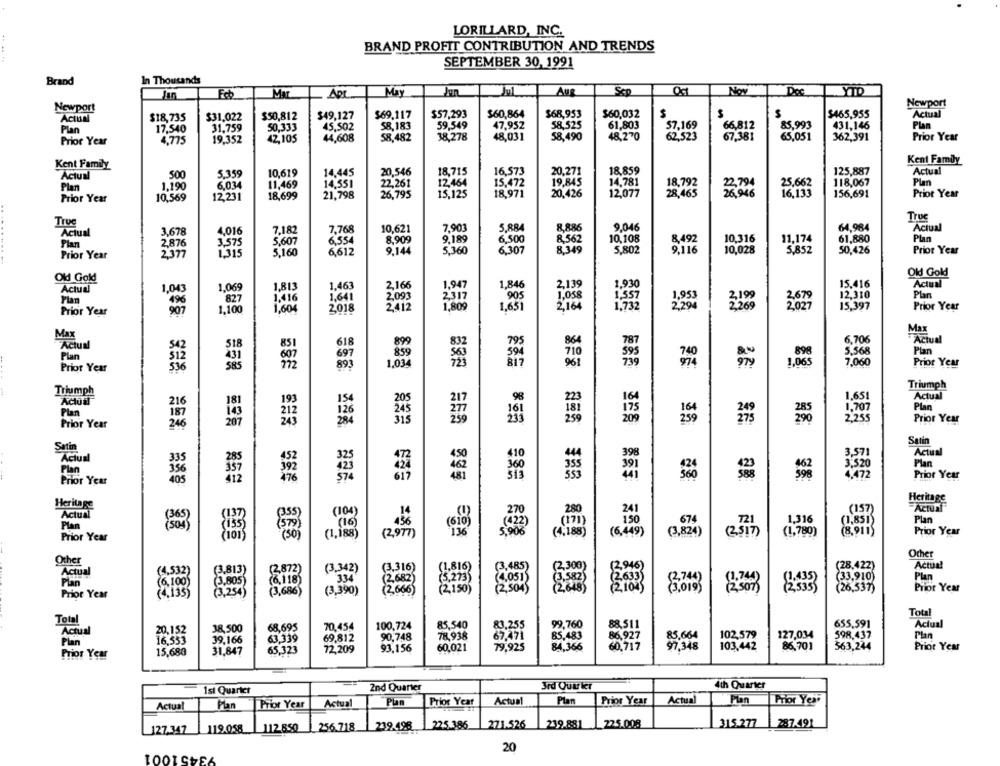
LORILLARD, INC.
BRAND PROFIT CONTRIBUTION AND TRENDS
SEPTEMBER 30, 1991
Brand
In Thousands
May
Jun
Aur
Sco
Nov
Doc
WAYTD
Apr
Newport
Newport
$31.022
$49,127
$69,117
$57,293
$60,864
$68,953
$60,032
S
S
$465,955
Actual
Actual
$18,735
$50,812
Plan
17,540
31,759
50,333
45,502
58,183
59,549
47.952
58,525
61,803
57,169
66,812
85,993
431,146
42,105
44,608
58,482
38,278
48,031
58,490
48,270
62,523
67.381
65,051
362,391
Prior Year
Prior Year
4,775
19.352
Kent Family
Kent Family
Actual
500
3.33y
10,619
14,445
20,546
18,715
16,573
20,271
18,859
125,887
Actual
11,469
14,551
12,464
15,472
19,845
14,781
18,792
25,662
118,067
Plan
Plan
1.190
6,03
22,261
Prior Year
10,569
12.231
18,699
21,798
26,795
15,125
18,971
20,426
12,077
28,465
26946
16,133
156,691
Prior Year
True
Truc
7,182
7,768
10,621
7,901
5,884
8,886
9.046
64,984
Actual
Actual
3,678
4,016
9.189
10,108
61,880
Plan
Plan
2,876
5,607
6,554
8,909
6,500
8,562
8,492
10,316
11,174
2.377
3575
5,160
6,612
9,144
5.360
6,307
8,349
5,802
9,116
10,028
5,852
50,426
Prior Year
Prior Year
Old Gold
Old Gold
1.846
2,139
15,416
Actual
Actual
1,043
1,06
1,813
1.463
2,166
1.947
1,930
Plan
1,641
2.093
2317
1,058
12,310
Plan
2018
2.412
1.809
1,732
1.953
2,269
3679
15,397
Prior Year
Prior Year
907
,100
1,651
2,164
Max
Actual
618
899
832
795
864
6,706
Actual
542
851
859
710
5.568
Plan
Plan
697
898
7.060
Prior Year
893
1,034
961
1,06
Prior Year
Triumph
Triumph
193
98
Actual
216
Plan
Plan
187
126
1.707
250
Prior Year
Prior Year
246
Sanin
Satin
Actual
Aclus
335
39€
3,571
3.520
Plan
2472
Prior Year
Prior Year
405
Heritage
Heritage
Actual
(100)
280
Actual
150
1,316
Plan
Plan
674
Prior Year
(1,188)
( 2,977)
( 4,188 )
(6,449)
( 3, 824 )
(2 517)
(1,780)
8.911
Prior Year
=85
Other
Other
(3 , 485 )
(28.422)
Actual
Actual
(4.532)
(3,813)
(2,872)
(3.342)
(8316 )
11-816)
Plan
(6,100)
(8,118)
334
(1.435 )
Plan
(3,805
(3,686)
(3,390)
5.273)
(2004)
de
(26,337
Prior Year
Prior Year
(4,135)
Total
Total
20,152
38,500
68,695
70,454
100,724
85,540
99,760
88.511
655,591
Actual
Actual
90,748
78.938
67,471
86.927
85.664
102,579
127,034
598.437
Plan
Plan
16,553
39,166
63,339
69.812
85,483
15,680
31,847
65,323
72,209
93,156
60,021
79.925
84,366
60,717
97,348
103,442
86,701
563,244
Priot Year
Prior Year
1st Quarter
2nd Quarter
3rd Ouurkr
4th Quarter
Actual
Plan
Prior Year
Actual
Pun
Prior Year
Actual
Plan
Prior Year
Actual
Plan
Prior Year
256.718
239.498
225.386
271.526
239.881
225.008
315.277
287.491
127.347
119.058
112850
20